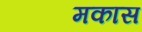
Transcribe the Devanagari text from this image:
मकास